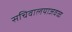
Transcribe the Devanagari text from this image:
सचिवालयाजवळ